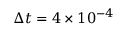
\Delta t = 4 \times 1 0 ^ { - 4 }